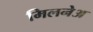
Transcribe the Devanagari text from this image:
मिलनेअ